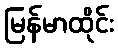
မြန်မာထိုင်း